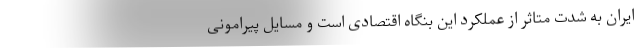
ایران به شدت متاثر از عملکرد این بنگاه اقتصادی است و مسایل پیرامونی